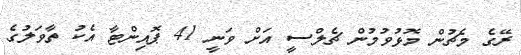
ރޭގެ މެޗުން މޮޅުވުމުން ޗެލްސީ އަށް ވަނީ 41 ޕޮއިންޓާ އެކު ތާވަލުގެ